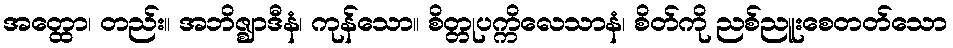
အတ္ထော၊ တည်း။ အဘိဇ္ဈာဒီနံ၊ ကုန်သော။ စိတ္တုပက္ကိလေသာနံ၊ စိတ်ကို ညစ်ညူးစေတတ်သော